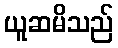
ယူဆမိသည်